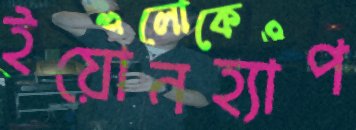
ইয়োনহ্যাপ